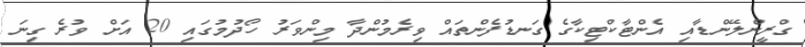
ގްރީންލޭންޑާއި އެންޓާކްޓިކާގެ ގަނޑުފެންތައް ވިރެމުންދާ މިންވަރު ހޯދުމުގައި 20 އަށް ވުރެ ގިނަ